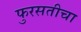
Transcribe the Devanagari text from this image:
फुरसतीचा